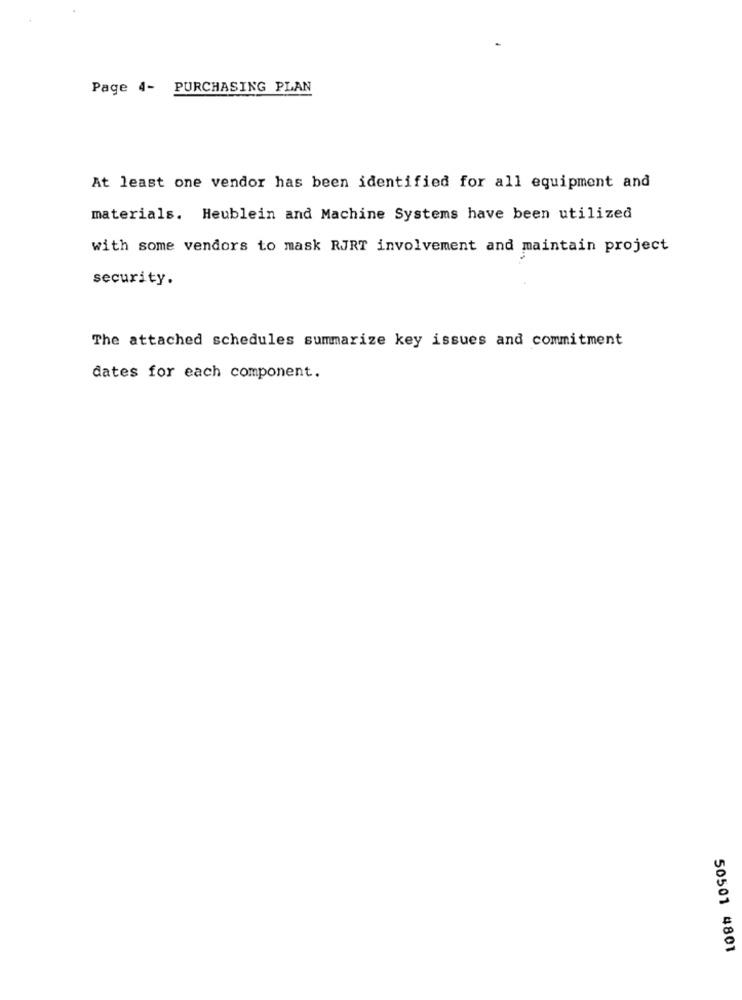
Page 4- PURCHASING PLAN
At least one vendor has been identified for all equipment and
materials. Heublein and Machine Systems have been utilized
with some vendors to mask RJRT involvement and maintain project
security.
The attached schedules summarize key issues and commitment
dates for each component.
50501 4801